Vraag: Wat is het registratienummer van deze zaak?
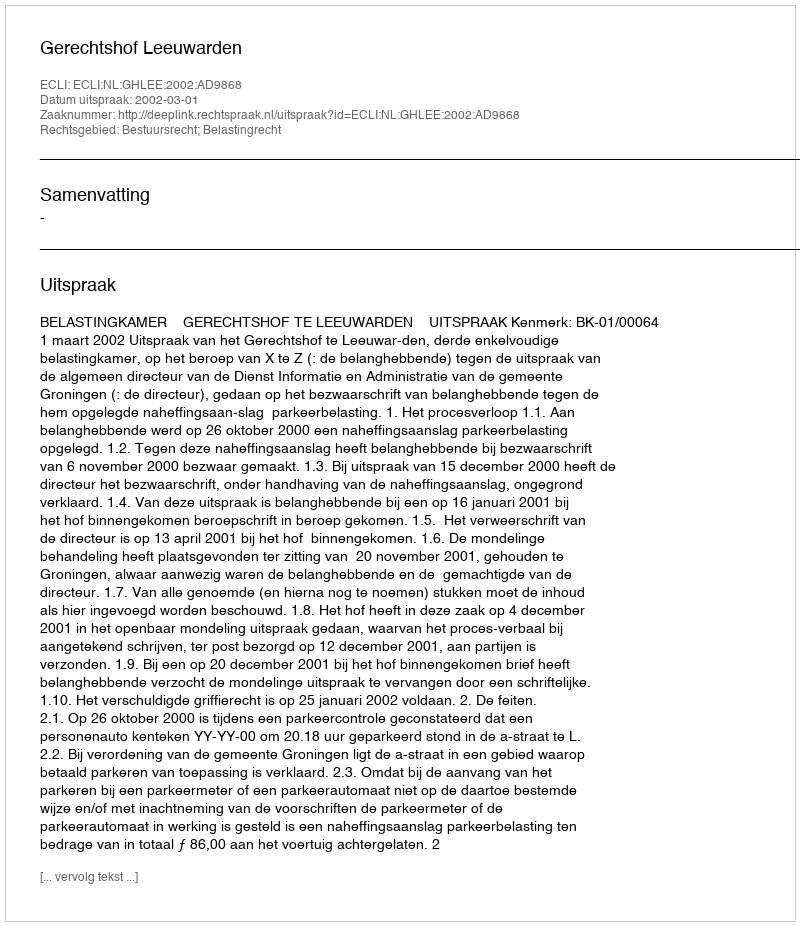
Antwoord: http://deeplink.rechtspraak.nl/uitspraak?id=ECLI:NL:GHLEE:2002:AD9868